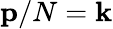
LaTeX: {\mathbf{p}}/N={\mathbf{k}}